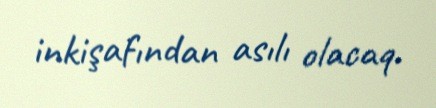
inkişafından asılı olacaq.